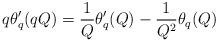
LaTeX: \begin{align*} q \theta_q'(qQ) = \frac{1}{Q} \theta_q'(Q) - \frac{1}{Q^2} \theta_q(Q) \end{align*}